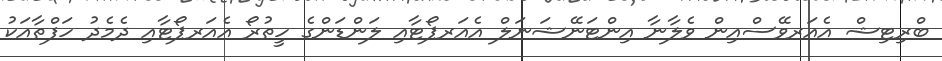
ބްރިޓިޝް އެއަރވޭސްއިން ވެލާނާ އިންޓަނޭޝަނަލް އެއަރޕޯޓާއި ލަންޑަންގެ ހީތުރޯ އެއަރޕޯޓާއި ދެމެދު ހަފްތާއަކު